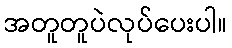
အတူတူပဲလုပ်ပေးပါ။